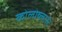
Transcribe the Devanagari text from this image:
कोलोब्लास्ट